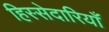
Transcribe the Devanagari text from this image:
हिस्सेदारियाँ